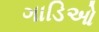
ગાડિઓ